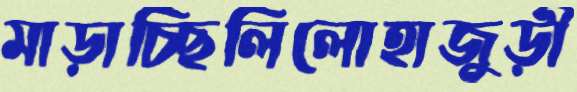
মাড়াচ্ছিলিলোহাজুড়ী